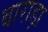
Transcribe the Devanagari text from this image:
बाराड़ा